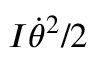
I \dot { \theta } ^ { 2 } / 2